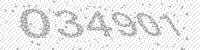
Solution: 034901